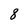
Character: 8